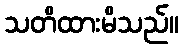
သတိထားမိသည်။